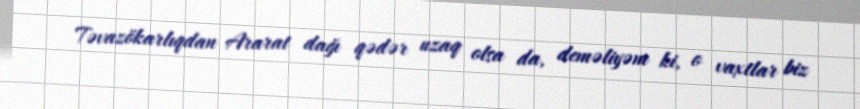
Təvazökarlıqdan Ararat dağı qədər uzaq olsa da, deməliyəm ki, o vaxtlar biz